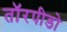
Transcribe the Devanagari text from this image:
तॉरपीडो